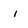
Character: i